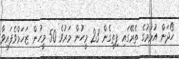
ހޯދަން އުޅުމުގެ ތެރޭގައި ފިތިގެން 23 މީހުން މަރުވެ 50 މީހުން ޒަޚަމްވެފައިވާ